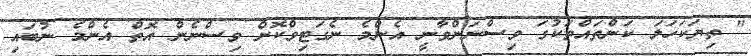
" ތިޔަކަހަލަ ކަންތައްތަކުގަ ވިސްނަންވާނީ އެންމެ ނެގަޓިވްކޮށް ވިސްނެން އޮތް އެންމެ ނުބައި